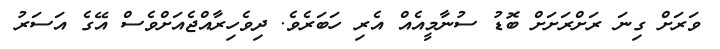
ވަރަށް ގިނަ ރަށްރަށަށް ބޮޑު ސުނާމީއެއް އެރި ހަބަރެވެ. ދިވެހިރާއްޖެއަށްވެސް އޭގެ އަސަރު